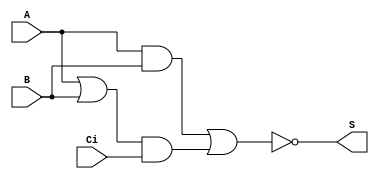
//Verilog HDL for "du_9160734", "KC_ADDF_X1" "functional"

`timescale 1ns / 100ps
module KC_ADDF_X1 (A,B,Ci, S);
input A,B,Ci;
output S;

wire S;
//assign S = A ^ B ^ Ci;

assign S = ~(A && B || (A || B) && Ci);

endmodule
//Verilog HDL for "du_9160734", "KC_ADDF_X3" "functional"

`timescale 1ns / 100ps

module KC_ADDF_X3 (A,B,Ci,Co);
input A,B,Ci;
output Co;

wire Co;
//assign Co = ((A ^ B) && Ci ) || (A && B);

assign Co = A && B || (A || B) && Ci;

endmodule
//Verilog HDL for "du9160734", "KC_AND2BB_X1" "functional"


`timescale 1ns / 100ps
 
module KC_AND2BB_X1 (AN,BN, Y);
input AN,BN;
output Y;

wire Y;
assign Y = (~AN) && (~BN) ;

endmodule
//Verilog HDL for "du9160734", "KC_AND2B_X1" "functional"


`timescale 1ns / 100ps
 
module KC_AND2B_X1 (A,B, Y);
input A,B;
output Y;

wire Y;
//assign Y = ~A && B ;

assign Y = ~A || B;

endmodule
//Verilog HDL for "du9160734", "KC_AND2B_X2" "functional"


`timescale 1ns / 100ps
 
module KC_AND2B_X2 (A,B, Y);
input A,B;
output Y;

wire Y;
assign Y = ~A && B ;

endmodule
//Verilog HDL for "du9160734", "KC_AND2_X1" "functional"


`timescale 1ns / 100ps
 
module KC_AND2_X1 (A,B, Y);
input A,B;
output Y;

wire Y;
assign Y = A && B ;

endmodule
//Verilog HDL for "du9160734", "KC_AND2_X2" "functional"


`timescale 1ns / 100ps
 
module KC_AND2_X2 (A,B, Y);
input A,B;
output Y;

wire Y;
assign Y = A && B ;

endmodule
//Verilog HDL for "du9160734", "KC_AND2_X3" "functional"


`timescale 1ns / 100ps
 
module KC_AND2_X3 (A,B, Y);
input A,B;
output Y;

wire Y;
assign Y = A && B ;

endmodule
//Verilog HDL for "du9160734", "KC_AND2_X4" "functional"


`timescale 1ns / 100ps
 
module KC_AND2_X4 (A,B, Y);
input A,B;
output Y;

wire Y;
assign Y = A && B ;

endmodule
//Verilog HDL for "du9160734", "KC_AND2_X5" "functional"


`timescale 1ns / 100ps
 
module KC_AND2_X5 (A,B, Y);
input A,B;
output Y;

wire Y;
assign Y = A && B ;

endmodule
//Verilog HDL for "du9160734", "KC_AND2_X6" "functional"


`timescale 1ns / 100ps
 
module KC_AND2_X6 (A,B, Y);
input A,B;
output Y;

wire Y;
//assign Y = A && B ;

assign Y = A || B ;

endmodule
//Verilog HDL for "du9160734", "KC_AND3_X1" "functional"


`timescale 1ns / 100ps
module KC_AND3_X1 (A,B, C,Y);
input A,B,C;
output Y;

wire Y;
assign Y = A && B && C;

endmodule
//Verilog HDL for "du9160734", "KC_AND4B_X1" "functional"


`timescale 1ns / 100ps
module KC_AND4B_X1 (AN,B, C,D,Y);
input AN,B,C,D;
output Y;

wire Y;
assign Y = (~AN) && B && C && D;

endmodule
//Verilog HDL for "du9160734", "KC_AND4_X1" "functional"


`timescale 1ns / 100ps
module KC_AND4_X1 (A,B, C,D,Y);
input A,B,C,D;
output Y;

wire Y;
assign Y = A && B && C && D;

endmodule
//Verilog HDL for "du9160734", "KC_AND4_X2" "functional"


`timescale 1ns / 100ps
module KC_AND4_X2 (A,B, C,D,Y);
input A,B,C,D;
output Y;

wire Y;
assign Y = A && B && C && D;

endmodule
//Verilog HDL for "du9160734", "KC_AO21_X1" "functional"


`timescale 1ns / 100ps
module KC_AO21_X1(A0,A1,B,Y);
input A0,A1,B;
output Y;

wire Y;
assign Y = (A0 && A1) || B;

endmodule
//Verilog HDL for "du9160734", "KC_AO21_X2" "functional"


`timescale 1ns / 100ps
module KC_AO21_X2 (A0,A1,B,Y);
input A0,A1,B;
output Y;

wire Y;
assign Y = (A0 && A1) || B;

endmodule
//Verilog HDL for "du9160734", "KC_AO21_X3" "functional"


`timescale 1ns / 100ps
module KC_AO21_X3 (A0,A1,B,Y);
input A0,A1,B;
output Y;

wire Y;
//assign Y = (A0 && A1) || B;

assign Y = A0 && (B || A1);

endmodule
//Verilog HDL for "du9160734", "KC_AO222_X1" "functional"


`timescale 1ns / 100ps
module KC_AO222_X1 ( Y,C1, C0, B1, B0, A1, A0 );

  input B1;
  input A1;
  output Y;
  input C0;
  input C1;
  input A0;
  input B0;

wire Y;
//assign Y = (A0 && A1) || (B0 && B1) || (C0 && C1) ;

assign Y = ((A0 && A1) || (B0 && B1) || (C0 && C1)) ;

endmodule
//Verilog HDL for "du9160734", "KC_AO22_X1" "functional"


`timescale 1ns / 100ps
module KC_AO22_X1 (A0,A1,B0,B1,Y);
input A0,A1,B0,B1;
output Y;

wire Y;
assign Y = (A0 && A1) || (B0 && B1);

endmodule
//Verilog HDL for "du9160734", "KC_AO22_X2" "functional"


`timescale 1ns / 100ps
module KC_AO22_X2 (A0,A1,B0,B1,Y);
input A0,A1,B0,B1;
output Y;

wire Y;
assign Y = (A0 && A1) || (B0 && B1);

endmodule
//Verilog HDL for "du9160734", "KC_AOI211_X1" "functional"


`timescale 1ns / 100ps
module KC_AOI211_X1 (C0,C1,B,A,Y);
input C0,C1,B, A;
output Y;

wire Y;
assign Y = ~((C0 && C1) || B || A);

endmodule
//Verilog HDL for "du9160734", "KC_AOI21B_X1" "functional"


`timescale 1ns / 100ps
module KC_AOI21B_X1 (AN,B1,B0,Y);
input AN,B1,B0;
output Y;

wire Y;
assign Y = ~((B0 && B1) || ~(AN));

endmodule
//Verilog HDL for "du9160734", "KC_AOI21B_X2" "functional"


`timescale 1ns / 100ps
module KC_AOI21B_X2 (A0N,A1,B,Y);
input A0N,A1,B;
output Y;

wire Y;
assign Y = ~((~(A0N) && A1) || B);

endmodule
//Verilog HDL for "du9160734", "KC_AOI21_X1" "functional"


`timescale 1ns / 100ps
module KC_AOI21_X1 (A,B1,B0,Y);
input A,B1,B0;
output Y;

wire Y;
assign Y = ~((B0 && B1) || A);

endmodule
//Verilog HDL for "du9160734", "KC_AOI222_X1" "functional"


`timescale 1ns / 100ps
module KC_AOI222_X1 (A0,A1,B0,B1,C0,C1,Y);
input A0,A1,B0,B1,C0,C1;
output Y;

wire Y;
assign Y = ~( (A0 && A1) || (B0 && B1) || ( C0 && C1));

endmodule
//Verilog HDL for "du9160734", "KC_AOI22B_X1" "functional"


`timescale 1ns / 100ps
module KC_AOI22B_X1 (A0N,A1,B0,B1,Y);
input A0N,A1,B0,B1;
output Y;

wire Y;
assign Y = ~( ((~A0N) && A1) || (B0 && B1) );

endmodule
//Verilog HDL for "du9160734", "KC_AOI22_X1" "functional"


`timescale 1ns / 100ps
module KC_AOI22_X1 (A0,A1,B0,B1,Y);
input A0,A1,B0,B1;
output Y;

wire Y;
assign Y = ~( (A0 && A1) || (B0 && B1) );

endmodule
//Verilog HDL for "du9160734", "KC_AOI22_X2" "functional"


`timescale 1ns / 100ps
module KC_AOI22_X2 (A0,A1,B0,B1,Y);
input A0,A1,B0,B1;
output Y;

wire Y;
assign Y = ~( (A0 && A1) || (B0 && B1) );

endmodule
//Verilog HDL for "du9160734", "KC_AOI22_X3" "functional"


`timescale 1ns / 100ps
module KC_AOI22_X3 (A0,A1,B0,B1,Y);
input A0,A1,B0,B1;
output Y;

wire Y;
assign Y = ~( (A0 && A1) || (B0 && B1) );

endmodule
//Verilog HDL for "du9160734", "KC_AOI22_X4" "functional"


`timescale 1ns / 100ps
module KC_AOI22_X4 (A0,A1,B0,B1,Y);
input A0,A1,B0,B1;
output Y;

wire Y;
assign Y = ~( (A0 && A1) || (B0 && B1) );

endmodule
//Verilog HDL for "du9160734", "KC_AOI22_X5" "functional"


`timescale 1ns / 100ps
module KC_AOI22_X5 (A0,A1,B0,B1,Y);
input A0,A1,B0,B1;
output Y;

wire Y;
//assign Y = ~( (A0 && A1) || (B0 && B1) );


assign Y = ~( (B0 && B1) || (B1 && A0 && A1) );

endmodule
//Verilog HDL for "du9160734", "KC_AOI31_X1" "functional"


`timescale 1ns / 100ps
module KC_AOI31_X1 (A,B1,B2,B0,Y);
input A,B1,B2,B0;
output Y;

wire Y;
assign Y = ~((B0 && B1 && B2) || A);

endmodule
//Verilog HDL for "du9160734", "KC_AOI31_X2" "functional"


`timescale 1ns / 100ps
module KC_AOI31_X2 (A,B1,B2,B0,Y);
input A,B1,B2,B0;
output Y;

wire Y;
assign Y = ~((B0 && B1 && B2) || A);

endmodule
//Verilog HDL for "du9160734", "KC_AOI32_X1" "functional"


`timescale 1ns / 100ps
module KC_AOI32_X1 (A0,A1,A2,B0,B1,Y);
input A0,A1,A2,B0,B1;
output Y;

wire Y;
assign Y = ~( (A0 && A1 && A2) || (B0 && B1) );

endmodule
//Verilog HDL for "du9160734", "KC_AOI32_X2" "functional"


`timescale 1ns / 100ps
module KC_AOI32_X2 (A0,A1,A2,B0,B1,Y);
input A0,A1,A2,B0,B1;
output Y;

wire Y;
assign Y = ~( (A0 && A1 && A2) || (B0 && B1) );

endmodule
//Verilog HDL for "du9160734", "KC_BUF_X1" "functional"


`timescale 1ns / 100ps
module KC_BUF_X1 (A,Y);
input A;
output Y;

wire Y;
assign Y = A;

endmodule
//Verilog HDL for "du9160734", "KC_BUF_X10" "functional"


`timescale 1ns / 100ps
module KC_BUF_X10 (A,Y);
input A;
output Y;

wire Y;
assign Y = A;

endmodule
//Verilog HDL for "du9160734", "KC_BUF_X11" "functional"


`timescale 1ns / 100ps
module KC_BUF_X11 (A,Y);
input A;
output Y;

wire Y;
assign Y = A;

endmodule
//Verilog HDL for "du9160734", "KC_BUF_X12" "functional"


`timescale 1ns / 100ps
module KC_BUF_X12 (A,Y);
input A;
output Y;

wire Y;
assign Y = A;

endmodule
//Verilog HDL for "du9160734", "KC_BUF_X13" "functional"


`timescale 1ns / 100ps
module KC_BUF_X13 (A,Y);
input A;
output Y;

wire Y;
assign Y = A;

endmodule
//Verilog HDL for "du9160734", "KC_BUF_X14" "functional"


`timescale 1ns / 100ps
module KC_BUF_X14 (A,Y);
input A;
output Y;

wire Y;
assign Y = A;

endmodule
//Verilog HDL for "du9160734", "KC_BUF_X15" "functional"


`timescale 1ns / 100ps
module KC_BUF_X15 (A,Y);
input A;
output Y;

wire Y;
assign Y = A;

endmodule
//Verilog HDL for "du9160734", "KC_BUF_X16" "functional"


`timescale 1ns / 100ps
module KC_BUF_X16 (A,Y);
input A;
output Y;

wire Y;
assign Y = A;

endmodule
//Verilog HDL for "du9160734", "KC_BUF_X2" "functional"


`timescale 1ns / 100ps
module KC_BUF_X2 (A,Y);
input A;
output Y;

wire Y;
assign Y = A;

endmodule
//Verilog HDL for "du9160734", "KC_BUF_X3" "functional"


`timescale 1ns / 100ps
module KC_BUF_X3 (A,Y);
input A;
output Y;

wire Y;
assign Y = A;

endmodule
//Verilog HDL for "du9160734", "KC_BUF_X4" "functional"


`timescale 1ns / 100ps
module KC_BUF_X4 (A,Y);
input A;
output Y;

wire Y;
assign Y = A;

endmodule
//Verilog HDL for "du9160734", "KC_BUF_X5" "functional"


`timescale 1ns / 100ps
module KC_BUF_X5 (A,Y);
input A;
output Y;

wire Y;
assign Y = A;

endmodule
//Verilog HDL for "du9160734", "KC_BUF_X6" "functional"


`timescale 1ns / 100ps
module KC_BUF_X6 (A,Y);
input A;
output Y;

wire Y;
assign Y = A;

endmodule
//Verilog HDL for "du9160734", "KC_BUF_X7" "functional"


`timescale 1ns / 100ps
module KC_BUF_X7 (A,Y);
input A;
output Y;

wire Y;
assign Y = A;

endmodule
//Verilog HDL for "du9160734", "KC_BUF_X8" "functional"


`timescale 1ns / 100ps
module KC_BUF_X8 (A,Y);
input A;
output Y;

wire Y;
assign Y = A;

endmodule
//Verilog HDL for "du9160734", "KC_BUF_X9" "functional"


`timescale 1ns / 100ps
module KC_BUF_X9 (A,Y);
input A;
output Y;

wire Y;
assign Y = A;

endmodule
//Verilog HDL for "du9160734", "KC_CELL_X1" "functional"

// DFFSNHQ
module KC_CELL_X1 ( Y, A, B, C );

  input C;
  output Y;
  input A;
  input B;

reg Q_reg;

always @ (negedge C or posedge B)
 begin
    if (C == 1'b0)
     Q_reg <= 1'b1;
    else
     Q_reg <= A;
 end

wire Y;

assign #1 Y = Q_reg;


endmodule
//Verilog HDL for "du9160734", "KC_CELL_X2" "functional"

// DFFRNHQ
module KC_CELL_X2 ( Y, A, B, C );

  input C;
  output Y;
  input A;
  input B;

reg Q_reg;

always @ (negedge C or posedge B)
 begin
    if (C == 1'b0)
     Q_reg <= 1'b0;
    else
     Q_reg <= A;
 end

wire Y;

assign #1 Y = Q_reg;

endmodule
//Verilog HDL for "du9160734", "KC_DFFHQ_X1" "functional"


`timescale 1ns / 100ps
module KC_DFFHQ_X1 (D,CK, Q );
input D,CK;
output Q;

reg Q_reg;
always@(posedge CK)
	Q_reg <= D;

wire Q;
assign #1 Q = Q_reg;

endmodule
//Verilog HDL for "du9160734", "KC_DFFRNHQ_X1" "functional"


`timescale 1ns / 100ps
module KC_DFFRNHQ_X1 (D,CK ,RN, Q  );
input D,CK ,RN;
output Q ;

reg Q_reg;
always@(posedge CK or negedge RN)
begin
   if (RN == 1'b0)
      Q_reg <= 1'b0 ;
   else
      Q_reg <= D;
end

wire Q;
assign #1 Q = Q_reg;
 
endmodule
//Verilog HDL for "du9160734", "KC_DFFRNHQ_X2" "functional"


`timescale 1ns / 100ps
module KC_DFFRNHQ_X2 (D,CK ,RN, Q  );
input D,CK ,RN;
output Q ;

reg Q_reg;
always@(posedge CK or negedge RN)
begin
   if (RN == 1'b0)
      Q_reg <= 1'b0 ;
   else
      Q_reg <= D;
end

wire Q;
assign #1 Q = Q_reg;
 
endmodule
//Verilog HDL for "du9160734", "KC_DFFRNHQ_X3" "functional"


`timescale 1ns / 100ps
module KC_DFFRNHQ_X3 (D,S0,CK ,RN, Q  );
input D,S0,CK ,RN;
output Q ;

reg Q_reg;
//always@(posedge CK or negedge RN)
//begin
//   if (RN == 1'b0)
//      Q_reg <= 1'b0 ;
//  else
//      Q_reg <= D;
//end

always @ (posedge CK or negedge RN)
begin
 if (RN == 1'b0)
   Q_reg <= 1'b0;
 else if ( S0 == 1'b1)
   Q_reg <= D;
end


wire Q;
assign #1 Q = Q_reg;
 
endmodule
//Verilog HDL for "du9160734", "KC_DFFSNHQ_X1" "functional"


`timescale 1ns / 100ps
module KC_DFFSNHQ_X1  (D,CK ,SN,  Q  );
input D,CK ,SN ;
output Q ;

reg Q_reg;
always@(posedge CK  or negedge SN)
begin
   if (SN == 1'b0)
      Q_reg <= 1'b1 ;
   else
      Q_reg <= D;
end

wire Q;
assign #1 Q = Q_reg;

endmodule
//Verilog HDL for "du9160734", "KC_DFFSNHQ_X2" "functional"


`timescale 1ns / 100ps
module KC_DFFSNHQ_X2  (D,CK ,SN,  Q  );
input D,CK ,SN ;
output Q ;

reg Q_reg;
always@(posedge CK  or negedge SN)
begin
   if (SN == 1'b0)
      Q_reg <= 1'b1 ;
   else
      Q_reg <= D;
end

wire Q;
assign #1 Q = Q_reg;

endmodule
//Verilog HDL for "du9160734", "KC_INV_X1" "functional"


`timescale 1ns / 100ps
module KC_INV_X1 (A,Y);
input A;
output Y;

wire Y;
assign Y = ~A;

endmodule
//Verilog HDL for "du9160734", "KC_INV_X2" "functional"


`timescale 1ns / 100ps
module KC_INV_X2 (A,Y);
input A;
output Y;

wire Y;
assign Y = ~A;

endmodule
//Verilog HDL for "du9160734", "KC_INV_X3" "functional"


`timescale 1ns / 100ps
module KC_INV_X3 (A,Y);
input A;
output Y;

wire Y;
assign Y = ~A;

endmodule
//Verilog HDL for "du9160734", "KC_INV_X4" "functional"


`timescale 1ns / 100ps
module KC_INV_X4 (A,Y);
input A;
output Y;

wire Y;
assign Y = ~A;

endmodule
//Verilog HDL for "du9160734", "KC_INV_X6" "functional"


`timescale 1ns / 100ps
module KC_INV_X6 (A,Y);
input A;
output Y;

wire Y;
assign Y = ~A;

endmodule
//Verilog HDL for "du9160734", "KC_INV_X7" "functional"


`timescale 1ns / 100ps
module KC_INV_X7 (A,Y);
input A;
output Y;

wire Y;
assign Y = ~A;

endmodule
//Verilog HDL for "du9160734", "KC_INV_X8" "functional"


`timescale 1ns / 100ps
module KC_INV_X8 (A,Y);
input A;
output Y;

wire Y;
assign Y = ~A;

endmodule
//Verilog HDL for "du9160734", "KC_MX2_X1" "functional"


`timescale 1ns / 100ps
module KC_MX2_X1 (A,B,S0,Y);
input A, B,S0 ;
output Y ;

wire Y;
assign   Y = S0 ? B : A;

endmodule
//Verilog HDL for "du9160734", "KC_MX2_X2" "functional"


`timescale 1ns / 100ps
module KC_MX2_X2 (A,B,S0,Y);
input A, B,S0 ;
output Y ;

wire Y;
assign   Y = S0 ? B : A;

endmodule
//Verilog HDL for "du9160734", "KC_MX2_X3" "functional"


`timescale 1ns / 100ps
module KC_MX2_X3 (A,B,S0,Y);
input A, B,S0 ;
output Y ;

wire Y;
//assign   Y = S0 ? B : A;


assign Y = (S0 ^ A) ? (~B) : B;

endmodule
//Verilog HDL for "du9160734", "KC_MXI2_X1" "functional"


`timescale 1ns / 100ps
module KC_MXI2_X1 (A,BN,S0,Y);
input A, BN,S0 ;
output Y ;

wire Y;
assign   Y = ~ (S0 ? ~BN : A);

endmodule
//Verilog HDL for "du9160734", "KC_MXI2_X10" "functional"


`timescale 1ns / 100ps
module KC_MXI2_X10 (AN,B,S0,Y);
input AN, B,S0 ;
output Y ;

wire Y;
assign   Y = ~ (S0 ? B : ~(AN));

endmodule
//Verilog HDL for "du9160734", "KC_MXI2_X2" "functional"


`timescale 1ns / 100ps
module KC_MXI2_X2 (A,B,S0,Y);
input A, B,S0 ;
output Y ;

wire Y;
assign   Y = ~ (S0 ? B : A);

endmodule
//Verilog HDL for "du9160734", "KC_MXI2_X3" "functional"


`timescale 1ns / 100ps
module KC_MXI2_X3 (A,B,S0,Y);
input A, B,S0 ;
output Y ;

wire Y;
assign   Y = ~ (S0 ? B : A);

endmodule
//Verilog HDL for "du9160734", "KC_MXI2_X4" "functional"


`timescale 1ns / 100ps
module KC_MXI2_X4 (A,B,S0,Y);
input A, B,S0 ;
output Y ;

wire Y;
//assign   Y = ~ (S0 ? B : A);

assign Y = ~(B ? ~S0 : ((S0 ^ A) ? 1'bx : A ));

endmodule
//Verilog HDL for "du9160734", "KC_MXI2_X5" "functional"


`timescale 1ns / 100ps
module KC_MXI2_X5 (A,B,S0,Y);
input A, B,S0 ;
output Y ;

wire Y;
assign   Y = ~ (S0 ? B : A);

endmodule
//Verilog HDL for "du9160734", "KC_MXI2_X6" "functional"


`timescale 1ns / 100ps
module KC_MXI2_X6 (AN,B,S0,Y);
input AN, B,S0 ;
output Y ;

wire Y;
assign   Y = ~ (S0 ? B : ~AN);

endmodule
//Verilog HDL for "du9160734", "KC_MXI2_X7" "functional"


`timescale 1ns / 100ps
module KC_MXI2_X7 ( Y, A, S0, BN );

  input S0;
  output Y;
  input A;
  input BN;

wire Y;
assign   Y = ~ (S0 ? ~BN : ((BN&A) ? 1'bx : A));

endmodule


//Verilog HDL for "du9160734", "KC_MXI2_X8" "functional"


`timescale 1ns / 100ps
module KC_MXI2_X8 (A,BN,S0,Y);
input A, BN,S0 ;
output Y ;

wire Y;
assign   Y = ~ (S0 ? ~(BN) : ((~BN & ~A) ? 1'bx : A));

endmodule
//Verilog HDL for "du9160734", "KC_MXI2_X9" "functional"


`timescale 1ns / 100ps
module KC_MXI2_X9 (A,BN,S0,Y);
input A, BN,S0 ;
output Y ;

wire Y;
assign   Y = ~ (S0 ? ((BN & A) ?  1'bx : A)   :  ~(BN));


//assign  Y = ~(~(BN) && (A || ~(S0)));

endmodule
//Verilog HDL for "du9160734", "KC_NAND2B_X1" "functional"


`timescale 1ns / 100ps
module KC_NAND2B_X1 (AN,B, Y);
input AN,B;
output Y;

wire Y;
assign Y = ~ ((~AN) && B );

endmodule
//Verilog HDL for "du9160734", "KC_NAND2_X1" "functional"


`timescale 1ns / 100ps
module KC_NAND2_X1 (A,B, Y);
input A,B;
output Y;

wire Y;
assign Y = ~ (A && B );

endmodule
//Verilog HDL for "du9160734", "KC_NAND2_X2" "functional"


`timescale 1ns / 100ps
module KC_NAND2_X2 (A,B, Y);
input A,B;
output Y;

wire Y;
assign Y = ~ (A && B );

endmodule
//Verilog HDL for "du9160734", "KC_NAND2_X3" "functional"


`timescale 1ns / 100ps
module KC_NAND2_X3 (A,B, Y);
input A,B;
output Y;

wire Y;
assign Y = ~ (A && B );

endmodule
//Verilog HDL for "du9160734", "KC_NAND2_X4" "functional"


`timescale 1ns / 100ps
module KC_NAND2_X4 (A,B, Y);
input A,B;
output Y;

wire Y;
assign Y = ~ (A && B );

endmodule
//Verilog HDL for "du9160734", "KC_NAND2_X5" "functional"


`timescale 1ns / 100ps
module KC_NAND2_X5 (A,B, Y);
input A,B;
output Y;

wire Y;
assign Y = ~ (A && B );

endmodule
//Verilog HDL for "du9160734", "KC_NAND2_X6" "functional"


`timescale 1ns / 100ps
module KC_NAND2_X6 (A,B, Y);
input A,B;
output Y;

wire Y;
assign Y = ~ (A && B );

endmodule
//Verilog HDL for "du9160734", "KC_NAND3B_X1" "functional"


`timescale 1ns / 100ps
module KC_NAND3B_X1 (CN,B,A, Y);
input CN,B,A;
output Y;

wire Y;
assign Y = ~ ((~CN) && B && A);

endmodule
//Verilog HDL for "du9160734", "KC_NAND3_X1" "functional"


`timescale 1ns / 100ps
module KC_NAND3_X1 (A,B, C,Y);
input A,B,C;
output Y;

wire Y;
assign Y = ~(A && B && C);

endmodule
//Verilog HDL for "du9160734", "KC_NAND3_X2" "functional"


`timescale 1ns / 100ps
module KC_NAND3_X2 (A,B, C,Y);
input A,B,C;
output Y;

wire Y;
assign Y = ~(A && B && C);

endmodule
//Verilog HDL for "du9160734", "KC_NAND3_X3" "functional"


`timescale 1ns / 100ps
module KC_NAND3_X3 (A,B, C,Y);
input A,B,C;
output Y;

wire Y;
assign Y = ~(A && B && C);

endmodule
//Verilog HDL for "du9160734", "KC_NAND4B_X1" "functional"


`timescale 1ns / 100ps
module KC_NAND4B_X1 (DN,B, C,A,Y);
input DN,B,C,A;
output Y;

wire Y;
assign Y = ~((~DN) && C && B && A);

endmodule
//Verilog HDL for "du9160734", "KC_NAND4_X1" "functional"


`timescale 1ns / 100ps
module KC_NAND4_X1 (A,B, C,D,Y);
input A,B,C,D;
output Y;

wire Y;
assign Y = ~(A && B && C && D);

endmodule
//Verilog HDL for "du9160734", "KC_NAND4_X3" "functional"


`timescale 1ns / 100ps
module KC_NAND4_X3 (A,B, C,D,Y);
input A,B,C,D;
output Y;

wire Y;
assign Y = ~(A && B && C && D);

endmodule
//Verilog HDL for "du9160734", "KC_NAND4_X4" "functional"


`timescale 1ns / 100ps
module KC_NAND4_X4 (A,B, C,D,Y);
input A,B,C,D;
output Y;

wire Y;
assign Y = ~(A && B && C && D);

endmodule
//Verilog HDL for "du9160734", "KC_NOR2B_X1" "functional"


`timescale 1ns / 100ps
module KC_NOR2B_X1 (AN,B, Y);
input AN,B;
output Y;

wire Y;
assign Y = ~ ((~AN) || B );

endmodule
//Verilog HDL for "du9160734", "KC_NOR2B_X2" "functional"


`timescale 1ns / 100ps
module KC_NOR2B_X2 (AN,B, Y);
input AN,B;
output Y;

wire Y;
assign Y = ~ ((~AN) || B );

endmodule
//Verilog HDL for "du9160734", "KC_NOR2B_X4" "functional"


`timescale 1ns / 100ps
module KC_NOR2B_X4 (AN,B, Y);
input AN,B;
output Y;

wire Y;
assign Y = ~ ((~AN) || B );

endmodule
//Verilog HDL for "du9160734", "KC_NOR2_X1" "functional"


`timescale 1ns / 100ps
module KC_NOR2_X1 (A,B, Y);
input A,B;
output Y;

wire Y;
assign Y = ~ (A || B );

endmodule
//Verilog HDL for "du9160734", "KC_NOR2_X2" "functional"


`timescale 1ns / 100ps
module KC_NOR2_X2 (A,B, Y);
input A,B;
output Y;

wire Y;
assign Y = ~ (A || B );

endmodule
//Verilog HDL for "du9160734", "KC_NOR2_X3" "functional"


`timescale 1ns / 100ps
module KC_NOR2_X3 (A,B, Y);
input A,B;
output Y;

wire Y;
assign Y = ~ (A || B );

endmodule
//Verilog HDL for "du9160734", "KC_NOR2_X4" "functional"


`timescale 1ns / 100ps
module KC_NOR2_X4 (A,B, Y);
input A,B;
output Y;

wire Y;
assign Y = ~ (A || B );

endmodule
//Verilog HDL for "du9160734", "KC_NOR2_X5" "functional"


`timescale 1ns / 100ps
module KC_NOR2_X5 (A,B, Y);
input A,B;
output Y;

wire Y;
assign Y = ~ (A || B );

endmodule
//Verilog HDL for "du9160734", "KC_NOR3B_X1" "functional"


`timescale 1ns / 100ps
module KC_NOR3B_X1 (CN,B, A,Y);
input CN,B,A;
output Y;

wire Y;
assign Y = ~((~CN) || B || A);

endmodule
//Verilog HDL for "du9160734", "KC_NOR3B_X2" "functional"


`timescale 1ns / 100ps
module KC_NOR3B_X2 (CN,B, A,Y);
input CN,B,A;
output Y;

wire Y;
assign Y = ~((~CN) || B || A);

endmodule
//Verilog HDL for "du9160734", "KC_NOR3_X1" "functional"


`timescale 1ns / 100ps
module KC_NOR3_X1 (A,B, C,Y);
input A,B,C;
output Y;

wire Y;
assign Y = ~(A || B || C);

endmodule
//Verilog HDL for "du9160734", "KC_NOR3_X2" "functional"


`timescale 1ns / 100ps
module KC_NOR3_X2 (A,B, C,Y);
input A,B,C;
output Y;

wire Y;
assign Y = ~(A || B || C);

endmodule
//Verilog HDL for "du9160734", "KC_NOR3_X3" "functional"


`timescale 1ns / 100ps
module KC_NOR3_X3 (A,B, C,Y);
input A,B,C;
output Y;

wire Y;
assign Y = ~(A || B || C);

endmodule
//Verilog HDL for "du9160734", "KC_NOR4_X1" "functional"


`timescale 1ns / 100ps
module KC_NOR4_X1 (A,B, C,D,Y);
input A,B,C,D;
output Y;

wire Y;
assign Y = ~(A || B || C || D);

endmodule
//Verilog HDL for "du9160734", "KC_OA21_X1" "functional"


`timescale 1ns / 100ps
module KC_OA21_X1 (A0,A1,B,Y);
input A0,A1,B;
output Y;

wire Y;
assign Y = (A0 || A1) && B;

endmodule
//Verilog HDL for "du9160734", "KC_OA22_X1" "functional"


`timescale 1ns / 100ps
module KC_OA22_X1 (A0,A1,B0,B1,Y);
input A0,A1,B0,B1;
output Y;

wire Y;
assign Y = (A0 || A1) && (B0 || B1);

endmodule
//Verilog HDL for "du9160734", "KC_OAI211B_X1" "functional"


`timescale 1ns / 100ps
module KC_OAI211B_X1 (A,B,C0,C1N,Y);
input A,B,C0, C1N;
output Y;

wire Y;
//assign Y = ~((C0 || C1N) && B && A);

assign Y = ~((C0 || ~C1N) && B && A);

endmodule
//Verilog HDL for "du9160734", "KC_OAI211B_X2" "functional"


`timescale 1ns / 100ps
module KC_OAI211B_X2 (A,B,C0N,C1,Y);
input A,B,C0N, C1;
output Y;

wire Y;
assign Y = ~((~(C0N) || C1) && B && A);

endmodule
//Verilog HDL for "du9160734", "KC_OAI211_X1" "functional"


`timescale 1ns / 100ps
module KC_OAI211_X1 (A,B,C0,C1,Y);
input A,B,C0, C1;
output Y;

wire Y;
assign Y = ~((C0 || C1) && B && A);

endmodule
//Verilog HDL for "du9160734", "KC_OAI211_X2" "functional"


`timescale 1ns / 100ps
module KC_OAI211_X2 (A,B,C0,C1,Y);
input A,B,C0, C1;
output Y;

wire Y;
assign Y = ~((C0 || C1) && B && A);

endmodule
//Verilog HDL for "du9160734", "KC_OAI211_X3" "functional"


`timescale 1ns / 100ps
module KC_OAI211_X3 (A,B,C0,C1,Y);
input A,B,C0, C1;
output Y;

wire Y;
assign Y = ~((C0 || C1) && B && A);

endmodule
//Verilog HDL for "du9160734", "KC_OAI21BB_X1" "functional"


`timescale 1ns / 100ps
module KC_OAI21BB_X1 (A,B,C,Y);
input A,B,C;
output Y;

wire Y;
assign Y = ~(~(A && B) && C);

endmodule
//Verilog HDL for "du9160734", "KC_OAI21BB_X2" "functional"


`timescale 1ns / 100ps
module KC_OAI21BB_X2 (A1N,A0,BN,Y);
input A0,A1N,BN;
output Y;

wire Y;
//assign Y = ~(((~A1N) || A0) && BN);


assign Y = ~(((~A1N) || A0) && ~BN);

endmodule
//Verilog HDL for "du9160734", "KC_OAI21B_X1" "functional"


`timescale 1ns / 100ps
module KC_OAI21B_X1 (A0N,A1,B,Y);
input A0N,A1,B;
output Y;

wire Y;
assign Y = ~(((~A0N) || A1) && B);

endmodule
//Verilog HDL for "du9160734", "KC_OAI21B_X2" "functional"


`timescale 1ns / 100ps
module KC_OAI21B_X2 (A0,A1,BN,Y);
input A0,A1,BN;
output Y;

wire Y;
assign Y = ~((A0 || A1) && (~BN));

endmodule
//Verilog HDL for "du9160734", "KC_OAI21_X2" "functional"


`timescale 1ns / 100ps
module KC_OAI21_X2 (B0,B1,A,Y);
input B0,B1,A;
output Y;

wire Y;
assign Y = ~((B0 || B1) && A);

endmodule
//Verilog HDL for "du9160734", "KC_OAI21_X3" "functional"


`timescale 1ns / 100ps
module KC_OAI21_X3 (A0,A1,B,Y);
input A0,A1,B;
output Y;

wire Y;
assign Y = ~((A0 || A1) && B);

endmodule
//Verilog HDL for "du9160734", "KC_OAI21_X4" "functional"


`timescale 1ns / 100ps
module KC_OAI21_X4 (A0,A1,B,Y);
input A0,A1,B;
output Y;

wire Y;
assign Y = ~((A0 || A1) && B);

endmodule
//Verilog HDL for "du9160734", "KC_OAI22BB_X1" "functional"


`timescale 1ns / 100ps
module KC_OAI22BB_X1 (A,B,C,D,Y);
input A,B,C,D;
output Y;

wire Y;
//assign Y = ~(~(C && D) && (A || B));


assign Y = ~(~(A && B) && (C || D));

endmodule
//Verilog HDL for "du9160734", "KC_OAI22B_X1" "functional"


`timescale 1ns / 100ps
module KC_OAI22B_X1 (A0,A1,B0,B1N,Y);
input A0,A1,B0,B1N;
output Y;

wire Y;
assign Y = ~( (A0 || A1) && (B0 || (~B1N)) );

endmodule
//Verilog HDL for "du9160734", "KC_OAI22_X1" "functional"


`timescale 1ns / 100ps
module KC_OAI22_X1 (A0,A1,B0,B1,Y);
input A0,A1,B0,B1;
output Y;

wire Y;
assign Y = ~( (A0 || A1) && (B0 || B1) );

endmodule
//Verilog HDL for "du9160734", "KC_OAI22_X2" "functional"


`timescale 1ns / 100ps
module KC_OAI22_X2 (A0,A1,B0,B1,Y);
input A0,A1,B0,B1;
output Y;

wire Y;
assign Y = ~( (A0 || A1) && (B0 || B1) );

endmodule
//Verilog HDL for "du9160734", "KC_OAI22_X3" "functional"


`timescale 1ns / 100ps
module KC_OAI22_X3 (A0,A1,B0,B1,Y);
input A0,A1,B0,B1;
output Y;

wire Y;
assign Y = ~( (A0 || A1) && (B0 || B1) );

endmodule
//Verilog HDL for "du9160734", "KC_OAI31_X1" "functional"


`timescale 1ns / 100ps
module KC_OAI31_X1 (B0,B1,B2,A,Y);
input B0,B1,B2,A;
output Y;

wire Y;
assign Y = ~((B0 || B1 || B2) && A);

endmodule
//Verilog HDL for "du9160734", "KC_OAI31_X2" "functional"


`timescale 1ns / 100ps
module KC_OAI31_X2 (B0,B1,B2,A,Y);
input B0,B1,B2,A;
output Y;

wire Y;
assign Y = ~((B0 || B1 || B2) && A);

endmodule
//Verilog HDL for "du9160734", "KC_OAI31_X3" "functional"


`timescale 1ns / 100ps
module KC_OAI31_X3 (A0,A1,A2,B,Y);
input A0,A1,A2,B;
output Y;

wire Y;
assign Y = ~((A0 || A1 || A2) && B);

endmodule
//Verilog HDL for "du9160734", "KC_OR2_X1" "functional"


`timescale 1ns / 100ps
module KC_OR2_X1 (A,B, Y);
input A,B;
output Y;

wire Y;
assign Y = (A || B );

endmodule
//Verilog HDL for "du9160734", "KC_OR2_X2" "functional"


`timescale 1ns / 100ps
module KC_OR2_X2 (A,B, Y);
input A,B;
output Y;

wire Y;
assign Y = (A || B );

endmodule
//Verilog HDL for "du9160734", "KC_OR2_X3" "functional"


`timescale 1ns / 100ps
module KC_OR2_X3 (A,B, Y);
input A,B;
output Y;

wire Y;
assign Y = (A || B );

endmodule
//Verilog HDL for "du9160734", "KC_OR3_X1" "functional"


`timescale 1ns / 100ps
module KC_OR3_X1 (A,B, C,Y);
input A,B,C;
output Y;

wire Y;
assign Y = (A || B || C);

endmodule
//Verilog HDL for "du9160734", "KC_OR4_X1" "functional"


`timescale 1ns / 100ps
module KC_OR4_X1 (A,B, C,D,Y);
input A,B,C,D;
output Y;

wire Y;
assign Y = (A || B || C || D);

endmodule
//Verilog HDL for "du9160734", "KC_OR4_X2" "functional"


`timescale 1ns / 100ps
module KC_OR4_X2 (A,B, C,D,Y);
input A,B,C,D;
output Y;

wire Y;
assign Y = (A || B || C || D);

endmodule
//Verilog HDL for "du9160734", "KC_SDFFRNHQ_X1" "functional"


`timescale 1ns / 100ps
module KC_SDFFRNHQ_X1 (SI, SE, D,CK ,RN, Q  );
input SI,SE;
input D,CK ,RN;
output Q ;

reg Q_reg;
always@(posedge CK or negedge RN)
begin
   if (RN == 1'b0)
      Q_reg <= 1'b0 ;
   else
//      Q_reg <= SE ? SI : D;
        Q_reg <= SE ? D  : SI;

end

wire Q;
assign #1 Q = Q_reg;

endmodule 
//Verilog HDL for "du9160734", "KC_TIEHI_X1" "functional"


`timescale 1ns / 100ps
module KC_TIEHI_X1 (   Y);
output Y;

wire Y;
assign Y = 1'B1;

endmodule
//Verilog HDL for "du9160734", "KC_TIELO_X1" "functional"


`timescale 1ns / 100ps
module KC_TIELO_X1 (   Y);
output Y;

wire Y;
assign Y = 1'B0;

endmodule
//Verilog HDL for "du9160734", "KC_TINV_X1" "functional"


`timescale 1ns / 100ps

module KC_TINV_X1 ( Y, A, OE );

  output Y;
  input OE;
  input A;

wire Y;
//assign Y = OE ? (~A) : 1'Bz;

assign Y = OE ? (~A) : A;

endmodule
//Verilog HDL for "du9160734", "KC_TINV_X2" "functional"


`timescale 1ns / 100ps

module KC_TINV_X2 ( Y, A, OE );

  output Y;
  input OE;
  input A;

wire Y;
//assign Y = OE ? (~A) : 1'Bz;

assign Y = OE ? (~A) : A;

endmodule
//Verilog HDL for "du9160734", "KC_TINV_X3" "functional"


`timescale 1ns / 100ps

module KC_TINV_X3 ( Y, A, OE );

  output Y;
  input OE;
  input A;

wire Y;
//assign Y = OE ? (~A) : 1'Bz;

assign Y = OE ? (A) : ~A;

endmodule
//Verilog HDL for "du9160734", "KC_TINV_X4" "functional"


`timescale 1ns / 100ps

module KC_TINV_X4 ( Y, A, OE );

  output Y;
  input OE;
  input A;

wire Y;
//assign Y = OE ? (~A) : 1'Bz;

assign Y = OE ? (A) : ~A;

endmodule

`timescale 1ns / 100ps
module KC_TINV_X5 ( Y, A, OE );

  input OE;
  output Y;
  input A;

wire Y;
assign   Y = ~A;

//OE  A  Y
//// 0  0  1
//// 0  1  0
//// 1  0  1
//// 1  1  0
endmodule


`timescale 1ns / 100ps
module KC_TINV_X6 ( Y, A, OE );

  input OE;
  output Y;
  input A;

wire Y;
assign   Y = OE;

//OE  A  Y
//// 0  0  0
//// 0  1  0
//// 1  0  1
//// 1  1  1
endmodule




//Verilog HDL for "du9160734", "KC_TLATHQN_X1" "functional"
//
//
`timescale 1ns / 100ps
module KC_TLATHQN_X1 ( QN, D1,D2, GN );

  input GN;
    input D1;
      input D2;
        output QN;

        reg Q_reg;

//        always @ (GN or D1 or D2)
//          begin
//               if (GN ==1'b0)
//                  Q_reg <= D1 || D2;
//          end
always @ (posedge GN )
Q_reg <= D1 || D2;
                    wire QN;
                    assign #1 QN = GN & Q_reg;

                    // GN = 0, QN = 0
                    // GN = 0-->1, QN = (D1 | D2)

endmodule




//Verilog HDL for "du9160734", "KC_TLATHQN_X1" "functional"
//
//
`timescale 1ns / 100ps
module KC_TLATHQ_X3 ( Q, D, GN );

  input GN;
    input D;
        output Q;

        reg Q_reg;

//        always @ ( GN or D )
//          begin
//               if(GN ==1'b0)
//                  Q_reg <= D;
//                    end
always @ (posedge GN )
Q_reg <= D ;


wire Q;
assign #1 Q = GN & Q_reg;

                    // GN = 0, QN = 0
                    // GN = 0-->1, QN = (D1 | D2)

endmodule




//Verilog HDL for "du9160734", "KC_XNOR2_X1" "functional"


`timescale 1ns / 100ps
module KC_XNOR2_X1 (A,B,Y);
input A,B  ;
output Y;

wire Y;
assign Y = ~(A ^ B );

endmodule
//Verilog HDL for "du9160734", "KC_XNOR2_X2" "functional"


`timescale 1ns / 100ps
module KC_XNOR2_X2 (A,B,Y);
input A,B  ;
output Y;

wire Y;
assign Y = ~(A ^ B );

endmodule
//Verilog HDL for "du9160734", "KC_XOR2_X1" "functional"


`timescale 1ns / 100ps
module KC_XOR2_X1 (A,B,   Y);
input A,B  ;
output Y;

wire Y;
assign Y = (A ^ B );

endmodule
//Verilog HDL for "du9160734", "KC_XOR2_X2" "functional"


`timescale 1ns / 100ps
module KC_XOR2_X2 (A,B,   Y);
input A,B  ;
output Y;

wire Y;
assign Y = (A ^ B );

endmodule
//Verilog HDL for "du9160734", "KC_XOR2_X3" "functional"


`timescale 1ns / 100ps
module KC_XOR2_X3 (A,B,   Y);
input A,B  ;
output Y;

wire Y;
assign Y = (A ^ B );

endmodule
//Verilog HDL for "du9160734", "KC_XOR2_X4" "functional"


`timescale 1ns / 100ps
module KC_XOR2_X4 (A,B,   Y);
input A,B  ;
output Y;

wire Y;
assign Y = (A ^ B );

endmodule
//Verilog HDL for "du9160734", "KC_XOR2_X5" "functional"


`timescale 1ns / 100ps
module KC_XOR2_X5 (A,B,   Y);
input A,B  ;
output Y;

wire Y;
assign Y = B ? (A ? 1'bx : 1'b1 ) :  A ;

endmodule